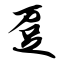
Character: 趸